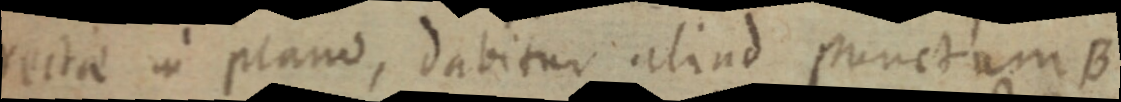
rectae in plano, dabitur aliud punctum B